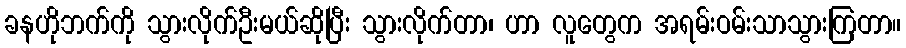
ခနဟိုဘက်ကို သွားလိုက်ဦးမယ်ဆိုပြီး သွားလိုက်တာ၊ ဟာ လူတွေက အရမ်းဝမ်းသာသွားကြတာ။